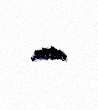
etsin.